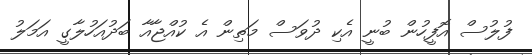
ފުލުސް އޮފީހުން ބުނީ އެކި ދުވަސް މަތިން އެ ކުއްޖާއާ ބަދުއަހުލާގީ އަމަލު